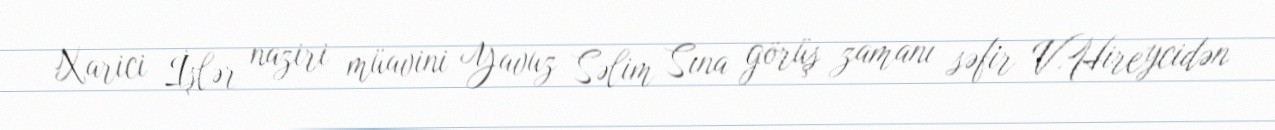
Xarici İşlər naziri müavini Yavuz Səlim Sına görüş zamanı səfir V.Hireycidən